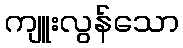
ကျူးလွန်သော